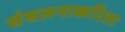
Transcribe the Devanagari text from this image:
संचलनाकरिता